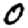
Digit: 0